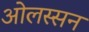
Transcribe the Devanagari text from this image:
ओलस्सन